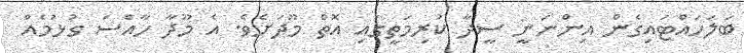
ބަލަހައްޓައިގެން އިންނަނީ ސީދާ ކުރިމަތީގައި އޮތް މޫދަށެވެ. އެ މޫދާ ހާއްސަ ގުޅުމެއް